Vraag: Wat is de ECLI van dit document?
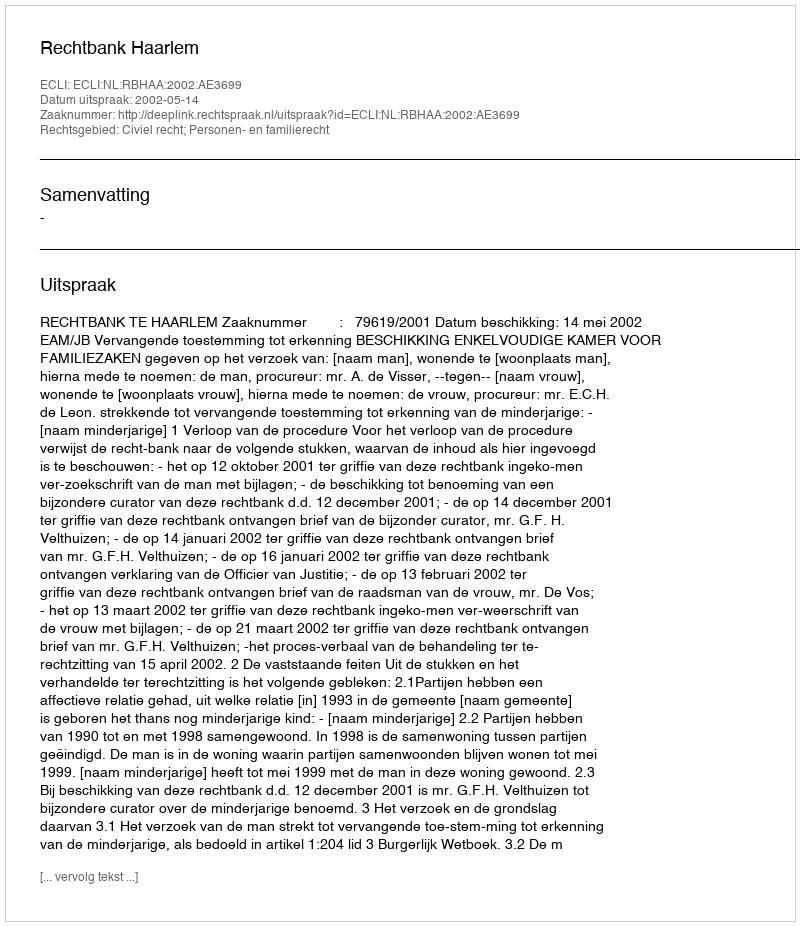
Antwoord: ECLI:NL:RBHAA:2002:AE3699